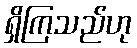
ရှိကြသည်ဟု